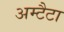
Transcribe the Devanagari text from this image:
अम्टैटा